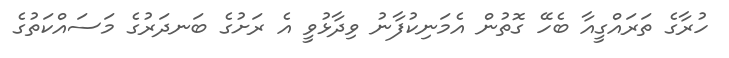
ހުރާގެ ތަރައްގީއާ ބެހޭ ގޮތުން އެމަނިކުފާނު ވިދާޅުވީ އެ ރަށުގެ ބަނދަރުގެ މަސައްކަތުގެ